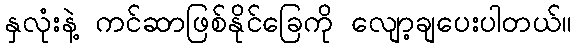
နှလုံးနဲ့ ကင်ဆာဖြစ်နိုင်ခြေကို လျော့ချပေးပါတယ်။